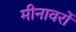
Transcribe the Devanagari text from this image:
मीनावरों